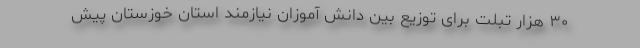
۳۰ هزار تبلت برای توزیع بین دانش آموزان نیازمند استان خوزستان پیش